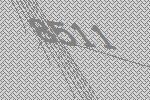
8511